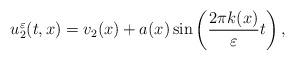
LaTeX: \begin{align*}u_2^\varepsilon (t,x) = v_2(x) + a(x)\sin\left(\frac{2\pi k (x)}{\varepsilon}t\right),\end{align*}